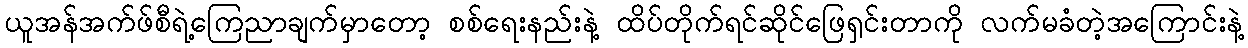
ယူအန်အက်ဖ်စီရဲ့ကြေညာချက်မှာတော့ စစ်ရေးနည်းနဲ့ ထိပ်တိုက်ရင်ဆိုင်ဖြေရှင်းတာကို လက်မခံတဲ့အကြောင်းနဲ့